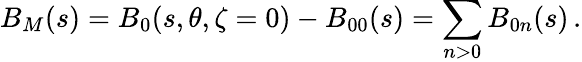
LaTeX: B_{M}(s)=B_{0}(s,\theta,\zeta=0)-B_{00}(s)=\sum_{n>0}B_{0n}(s)\, .